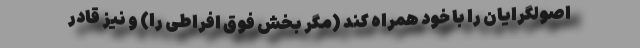
اصولگرایان را با خود همراه کند (مگر بخش فوق افراطی را) و نیز قادر